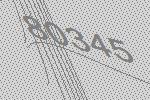
80345